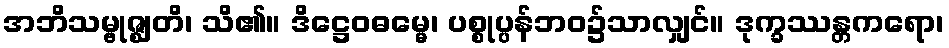
အဘိသမ္ဗုဇ္ဈတိ၊ သိ၏။ ဒိဋ္ဌေဝဓမ္မေ၊ ပစ္စုပ္ပန်ဘဝ၌သာလျှင်။ ဒုက္ခဿန္တကရော၊